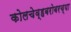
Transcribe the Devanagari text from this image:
कोलचेव्हबरोबरच्या